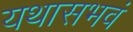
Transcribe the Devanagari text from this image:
यथासभवं